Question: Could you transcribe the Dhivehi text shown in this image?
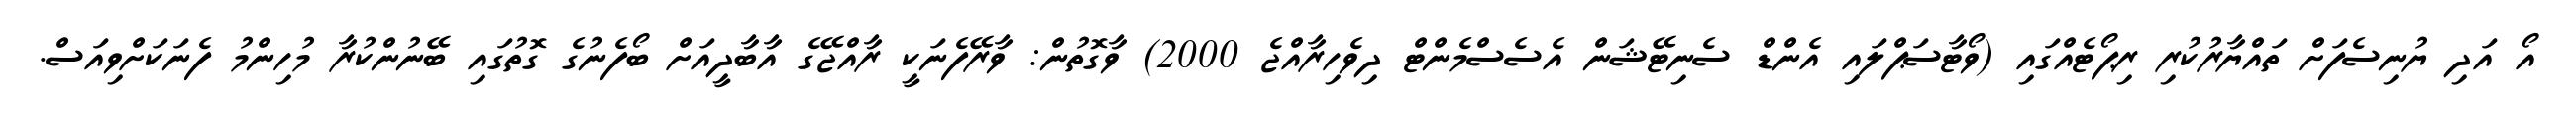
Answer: އޯ އަދި ޔުނިސެފަށް ތައްޔާރުކުރި ރިޕޯޓެއްގައި (ވޯޓާސަޕްލައި އެންޑް ސެނިޓޭޝަން އެސެސްމެންޓް ދިވެހިރާއްޖެ 2000) ވާގޮތުން: ވާރޭފެނަކީ ރާއްޖޭގެ އާބާދީއަށް ބޯފެނުގެ ގޮތުގައި ބޭނުންކުރާ މުހިންމު ފެނަކަށްވިއަސް.